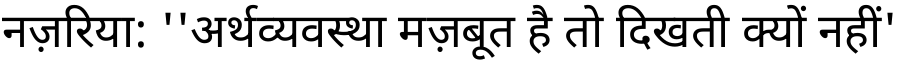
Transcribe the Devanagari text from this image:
नज़रिया: ''अर्थव्यवस्था मज़बूत है तो दिखती क्यों नहीं'